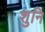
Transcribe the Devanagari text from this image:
शुनि